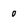
Character: 0